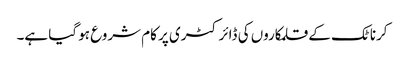
کرناٹک کے قلمکاروں کی ڈائرکٹری پر کام شروع ہو گیا ہے۔